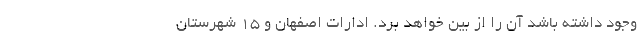
وجود داشته باشد آن را از بین خواهد برد. ادارات اصفهان و ۱۵ شهرستان